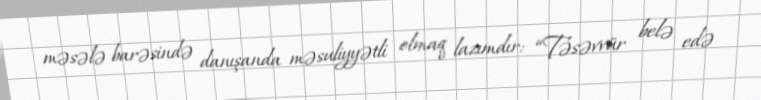
məsələ barəsində danışanda məsuliyyətli olmaq lazımdır: “Təsəvvür belə edə